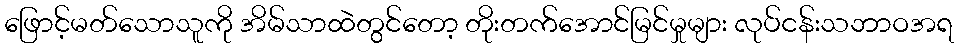
ဖြောင့်မတ်သောသူကို အိမ်သာထဲတွင်တော့ တိုးတက်အောင်မြင်မှုများ လုပ်ငန်းသဘာဝအရ